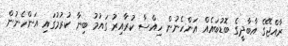
ރާއްޖޭގެ އާބާދީގެ ބޮޑުބައެއް އަންހެނުން ހިއްސާ ކުރާއިރު ގައުމު ބިނާ ކުރުމުގައި އަންހެނުން